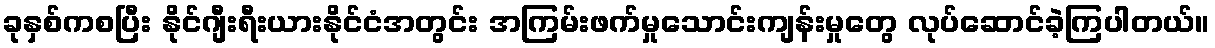
ခုနှစ်ကစပြီး နိုင်ဂျီးရီးယားနိုင်ငံအတွင်း အကြမ်းဖက်မှုသောင်းကျန်းမှုတွေ လုပ်ဆောင်ခဲ့ကြပါတယ်။